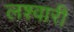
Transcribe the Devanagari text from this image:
लश्वारी